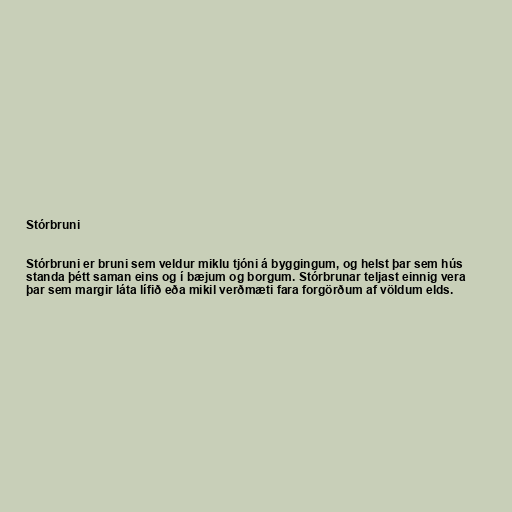
Stórbruni

Stórbruni er bruni sem veldur miklu tjóni á byggingum, og helst þar sem hús
standa þétt saman eins og í bæjum og borgum. Stórbrunar teljast einnig vera
þar sem margir láta lífið eða mikil verðmæti fara forgörðum af völdum elds.